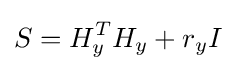
S=H_{y}^{T}H_{y}+r_{y}I